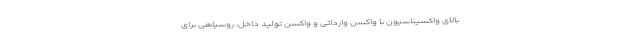
بالای واکسیناسیون با واکسن وارداتی و واکسن تولید داخل، روسیاهی برای